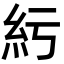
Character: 䊸